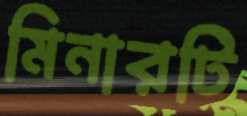
মিনারটি